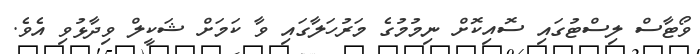
ވޯޓާސް ލިސްޓުގައި ސޮއިކޮށް ނިމުމުގެ މަރުހަލާގައި ވާ ކަމަށް ޝަކީލް ވިދާޅުވި އެވެ.